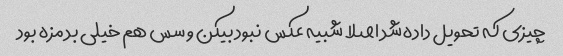
چیزی که تحویل داده شد اصلا شبیه عکس نبود بیکن و سس هم خیلی بد مزه بود